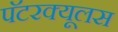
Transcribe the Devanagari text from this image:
पॅटरक्यूलस